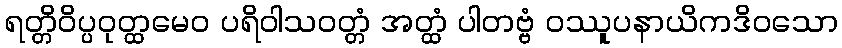
ရတ္တိဝိပ္ပဝုတ္ထမေဝ ပရိဝါသဝတ္တံ အတ္ထံ ပါတဗ္ဗံ ဝဿူပနာယိကဒိဝသော